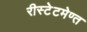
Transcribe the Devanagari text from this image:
रीस्टेटमेण्त